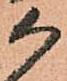
候